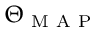
\Theta _ { \mathrm { ~ M ~ A ~ P ~ } }